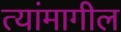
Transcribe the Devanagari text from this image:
त्यांमागील